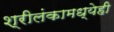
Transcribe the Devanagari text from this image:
श्रीलंकामध्येही